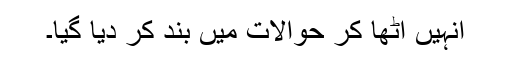
انہیں اٹھا کر حوالات میں بند کر دیا گیا۔